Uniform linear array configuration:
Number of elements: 24
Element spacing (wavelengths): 0.75
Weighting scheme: kaiser
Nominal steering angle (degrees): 60
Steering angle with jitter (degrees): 58.154
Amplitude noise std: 0.05
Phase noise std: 0.05

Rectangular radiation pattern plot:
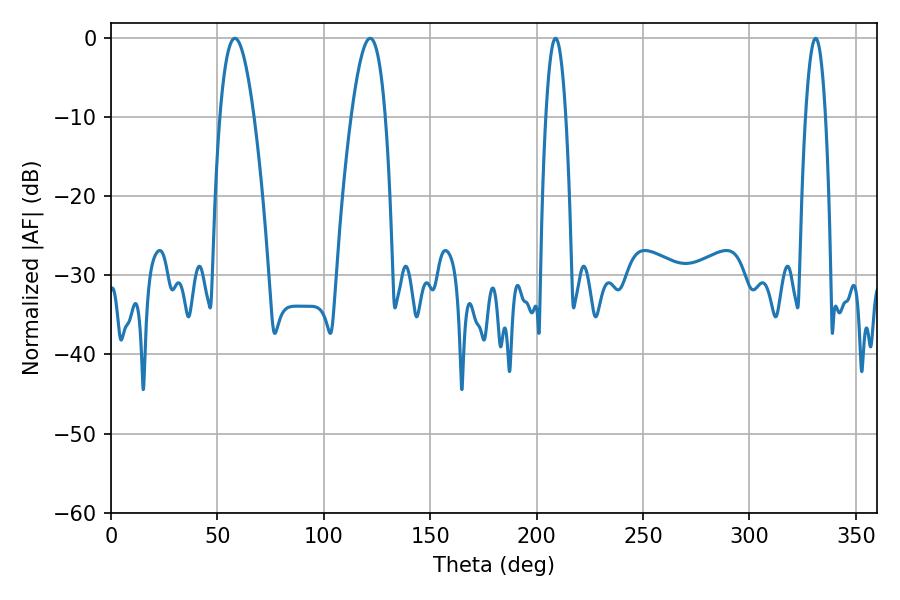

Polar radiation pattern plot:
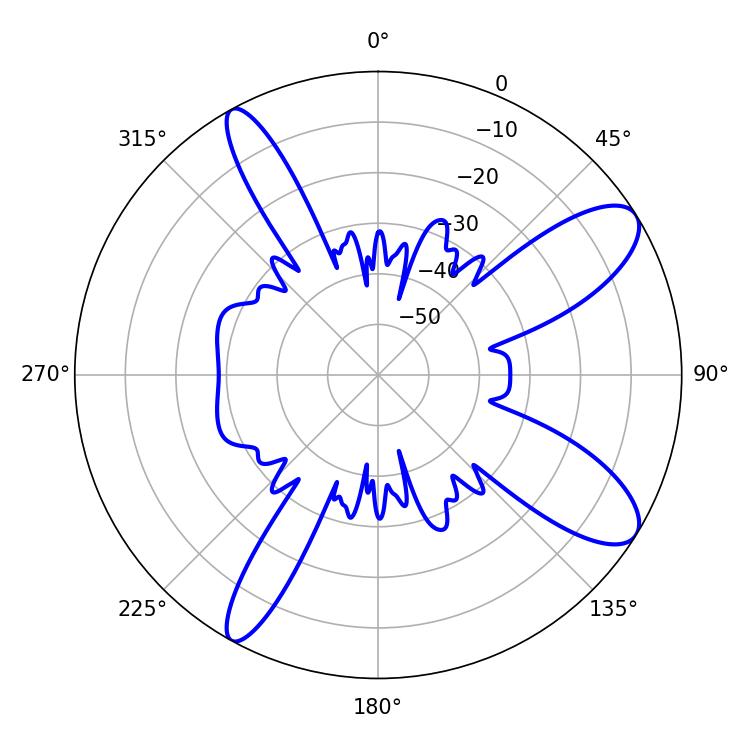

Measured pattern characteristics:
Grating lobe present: TRUE
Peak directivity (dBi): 10.311
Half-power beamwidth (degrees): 8.64
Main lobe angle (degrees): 58.14